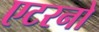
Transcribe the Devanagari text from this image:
एटरनो